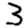
Digit: 3